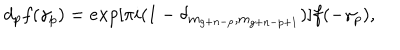
LaTeX: d _ { p } f ( \gamma _ { p } ) = e x p [ \pi i ( 1 - \delta _ { m _ { g + n - p } , m _ { g + n - p + 1 } } ) ] f ( - \gamma _ { p } ) ,